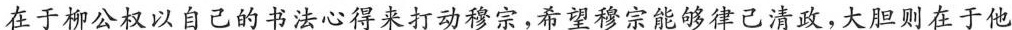
在于柳公权以自己的书法心得来打动穆宗，希望穆宗能够律己清政，大胆则在于他